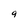
Character: 9